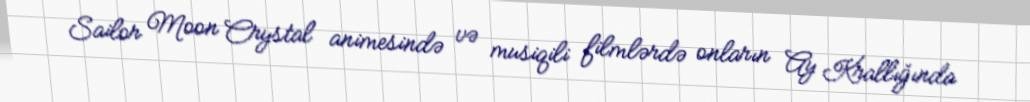
Sailor Moon Crystal animesində və musiqili filmlərdə onların Ay Krallığında